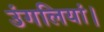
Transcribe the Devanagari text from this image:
उंगलियां।